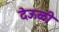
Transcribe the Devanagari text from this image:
देऊळी